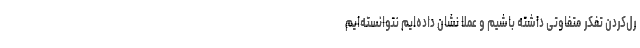
رل‌کردن تفکر متفاوتی داشته باشیم و عملا نشان داده‌ایم نتوانسته‌ایم